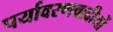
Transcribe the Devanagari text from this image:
पर्यावरणवादीयों